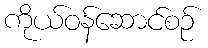
ကိုယ်ဝန်ဆောင်စဉ်